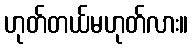
ဟုတ်တယ်မဟုတ်လား။